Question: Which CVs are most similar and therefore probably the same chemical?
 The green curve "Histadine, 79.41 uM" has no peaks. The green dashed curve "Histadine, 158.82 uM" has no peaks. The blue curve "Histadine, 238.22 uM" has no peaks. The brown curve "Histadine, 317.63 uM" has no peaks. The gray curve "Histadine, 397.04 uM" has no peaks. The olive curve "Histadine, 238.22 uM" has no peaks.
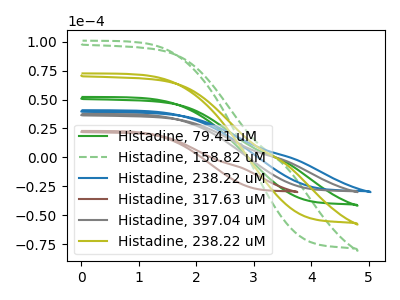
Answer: <think>Neither "Histadine, 79.41 uM" or "Histadine, 158.82 uM" have any peaks. Neither "Histadine, 79.41 uM" or "Histadine, 238.22 uM" have any peaks. Neither "Histadine, 79.41 uM" or "Histadine, 317.63 uM" have any peaks. Neither "Histadine, 79.41 uM" or "Histadine, 397.04 uM" have any peaks. Neither "Histadine, 79.41 uM" or "Histadine, 238.22 uM" have any peaks. Neither "Histadine, 158.82 uM" or "Histadine, 238.22 uM" have any peaks. Neither "Histadine, 158.82 uM" or "Histadine, 317.63 uM" have any peaks. Neither "Histadine, 158.82 uM" or "Histadine, 397.04 uM" have any peaks. Neither "Histadine, 158.82 uM" or "Histadine, 238.22 uM" have any peaks. Neither "Histadine, 238.22 uM" or "Histadine, 317.63 uM" have any peaks. Neither "Histadine, 238.22 uM" or "Histadine, 397.04 uM" have any peaks. Neither "Histadine, 238.22 uM" or "Histadine, 238.22 uM" have any peaks. Neither "Histadine, 317.63 uM" or "Histadine, 397.04 uM" have any peaks. Neither "Histadine, 317.63 uM" or "Histadine, 238.22 uM" have any peaks. Neither "Histadine, 397.04 uM" or "Histadine, 238.22 uM" have any peaks.
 </think>
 <answer>"Histadine, 397.04 uM", "Histadine, 79.41 uM", "Histadine, 158.82 uM", "Histadine, 238.22 uM", "Histadine, 317.63 uM" and "Histadine, 238.22 uM" have the same shape and are likely CV's of the same chemical.</answer>
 <eval>"Histadine, 397.04 uM" "Histadine, 79.41 uM" "Histadine, 158.82 uM" "Histadine, 238.22 uM" "Histadine, 317.63 uM" "Histadine, 238.22 uM"</eval>